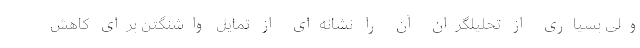
ولی بسیاری از تحلیلگران آن را نشانه‌ای از تمایل واشنگتن برای کاهش